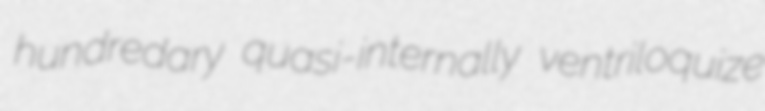
hundredary quasi-internally ventriloquize